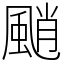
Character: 颵